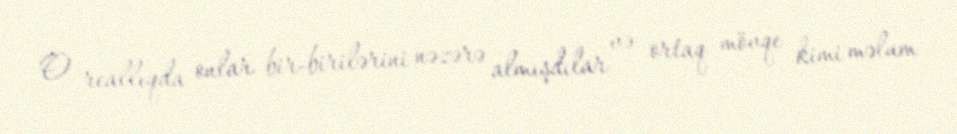
O reallıqda onlar bir-birilərini nəzərə almışdılar və ortaq mövqe kimi məlum